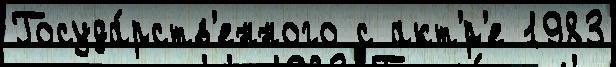
Госуда́рств'енного с акт'́р'е 1983